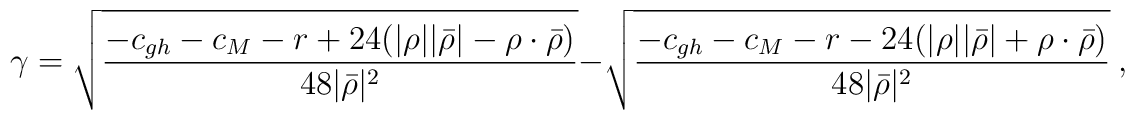
\gamma=\sqrt{\frac{-c_{gh}-c_M-r      +24(|\rho||\bar\rho|-\rho\cdot\bar\rho)}{48|\bar\rho|^2}}    -\sqrt{\frac{-c_{gh}-c_M-r      -24(|\rho||\bar\rho|+\rho\cdot\bar\rho)}{48|\bar\rho|^2}} ~,